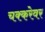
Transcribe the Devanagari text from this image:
चक्करेवर